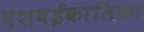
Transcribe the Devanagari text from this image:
दशवईकालिका